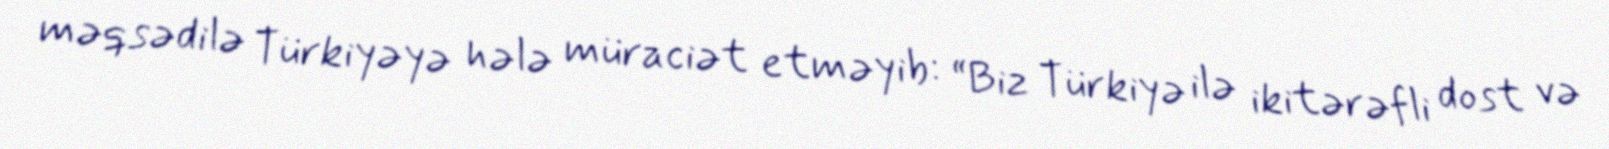
məqsədilə Türkiyəyə hələ müraciət etməyib: “Biz Türkiyə ilə ikitərəfli dost və